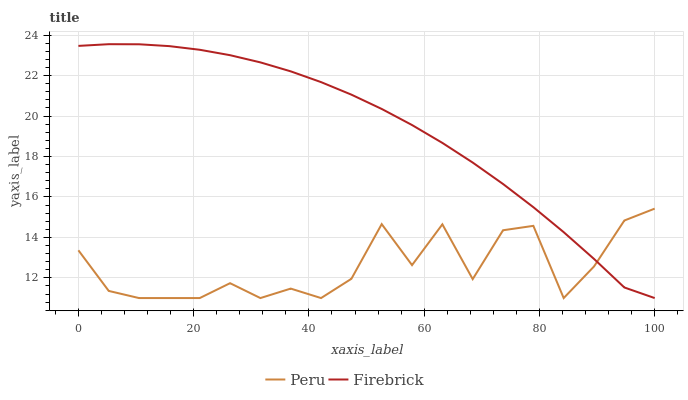
| xaxis_label | Peru | Firebrick |
 | --- | --- | --- |
 | 0 | 13.4 | 23.5 |
 | 5.26 | 11.4 | 23.6 |
 | 10.5 | 11 | 23.5 |
 | 15.8 | 11 | 23.5 |
 | 21.1 | 11 | 23.3 |
 | 26.3 | 11.7 | 23 |
 | 31.6 | 11 | 22.7 |
 | 36.8 | 11.5 | 22.2 |
 | 42.1 | 11 | 21.7 |
 | 47.4 | 12 | 21.1 |
 | 52.6 | 14.7 | 20.3 |
 | 57.9 | 12.6 | 19.6 |
 | 63.2 | 14.6 | 18.7 |
 | 68.4 | 11.9 | 17.7 |
 | 73.7 | 14.4 | 16.6 |
 | 78.9 | 14.6 | 15.5 |
 | 84.2 | 11 | 14.3 |
 | 89.5 | 12.6 | 12.9 |
 | 94.7 | 14.8 | 11.5 |
 | 100 | 15.4 | 11 |